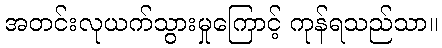
အတင်းလုယက်သွားမှုကြောင့် ကုန်ရသည်သာ။